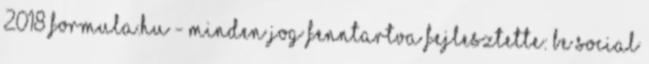
2018 Formula.hu - Minden jog fenntartva Fejlesztette: Be Social